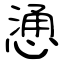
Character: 慂